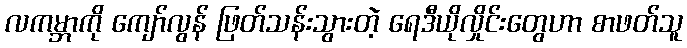
လကမ္ဘာကို ကျော်လွန် ဖြတ်သန်းသွားတဲ့ ရေဒီယိုလှိုင်းတွေဟာ စာဖတ်သူ